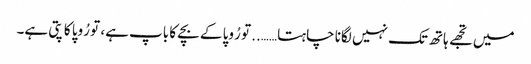
میں تجھے ہاتھ تک نہیں لگانا چاہتا…….. تو رُوپا کے بچے کا باپ ہے، تو رُوپا کا پتی ہے۔